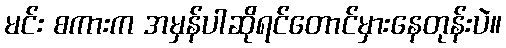
မင်း စကားက အမှန်ပါဆိုရင်တောင်မှားနေတုန်းပဲ။